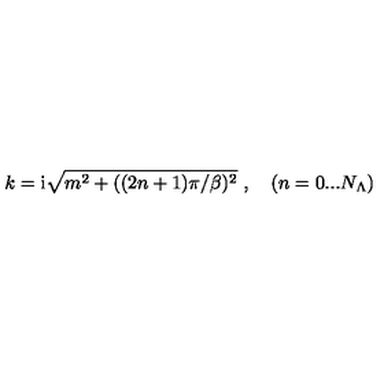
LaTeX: k = \mathrm { i } \sqrt { m ^ { 2 } + ( ( 2 n + 1 ) \pi / \beta ) ^ { 2 } } \ , \quad ( n = 0 . . . N _ { \Lambda } )